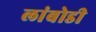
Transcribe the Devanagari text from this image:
लांबोडी